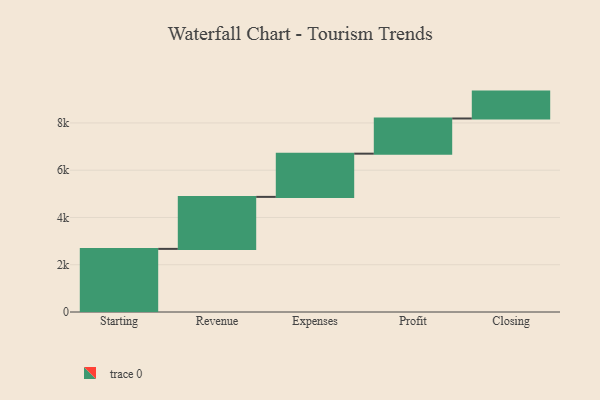
{"axis": {"x": "Step", "y": "Value"}, "legend": [""], "data": [{"x": "Starting", "y": 2671.0, "type": ""}, {"x": "Revenue", "y": 2200.0, "type": ""}, {"x": "Expenses", "y": 1829.0, "type": ""}, {"x": "Profit", "y": 1488.0, "type": ""}, {"x": "Closing", "y": 1138.0, "type": ""}]}